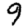
Digit: 9